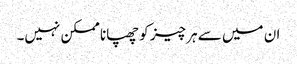
ان میں سے ہر چیز کو چھپانا ممکن نہیں۔